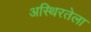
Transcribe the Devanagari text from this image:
अस्थिरतेला